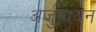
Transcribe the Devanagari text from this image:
अर्जुनायन